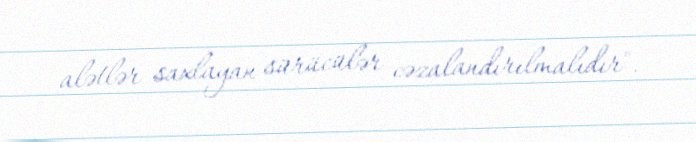
alətlər saxlayan sürücülər cəzalandırılmalıdır".